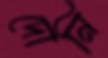
দোনি